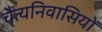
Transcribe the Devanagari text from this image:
चैत्यनिवासियों